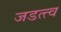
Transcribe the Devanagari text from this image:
जडत्त्व